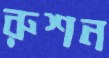
রুশন